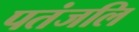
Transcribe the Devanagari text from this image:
पतंजलि